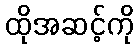
ထိုအဆင့်ကို